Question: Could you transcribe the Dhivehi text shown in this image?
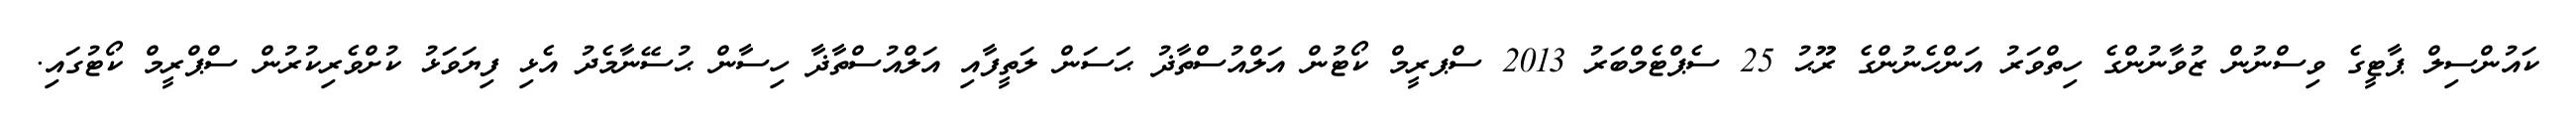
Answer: ކައުންސިލް ޕާޓީގެ ވިސްނުން ޒުވާނުންގެ ހިތްވަރު އަންހެނުންގެ ރޫޙު 25 ސެޕްޓެމްބަރު 2013 ސްޕރީމް ކޯޓުން އަލްއުސްތާޛު ޙަސަން ލަތީފާއި އަލްއުސްތާޛާ ހިސާން ޙުސޭނާމެދު އެޅި ފިޔަވަޅު ކުށްވެރިކުރުން ސްޕްރީމް ކޯޓުގައި.